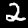
Label: 2